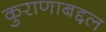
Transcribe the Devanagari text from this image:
कुराणाबद्दल